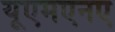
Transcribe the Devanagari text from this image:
यूएमएनए